Civil Veterinary Dept. Bombay admin report 1932-41 - 1932-1941
Year: 1932
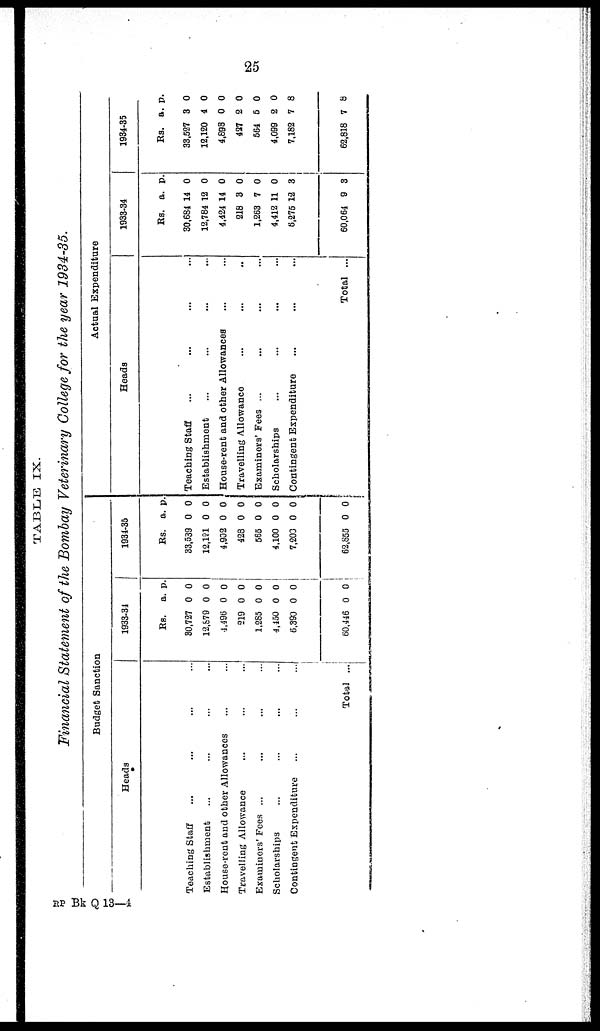
25
TABLE IX.
Financial Statement of the Bombay Veterinary College for the year 1934-35.
Budget Sanction
Heads
Teaching Staff ... ... ... ...
Establishment ... ... ... ...
House-rent and other Allowances ... ...
Travelling Allowance ... ... ...
Examiners' Fees ... ... ... ...
Scholarships ... ... ... ...
Contingent Expenditure
...
...
...
Total ...
1933-34
Rs.
30,727
12,879
1,496
219
1,285
4,450
6,390
60,446
a.
0
0
0
0
0
0
0
0
p.
0
0
0
0
0
0
0
0
1934-35
Rs.
33,539
12,121
4,902
428
565
4,100
7,200
62,855
a.
0
0
0
0
0
0
0
0
p.
0
0
0
0
0
0
0
0
Actual Expenditure
Heads
Teaching Staff ... ... ... ...
Establishment ... ... ... ...
House-rent and other Allowances ... ...
Travelling Allowance ... ... ..
Examiners' Fees ... ... ... ...
Scholarships ... ... ... ...
Contingent Expenditure ... ... ...
Total ...
1933-34
Rs.
30,684
12,784
4,424
218
1,263
4,412
6,275
60,064
a.
14
12
14
3
7
11
12
9
p.
0
0
0
0
0
0
3
3
1934-35
Rs.
33,527
12,120
4,898
427
564
4,099
7,182
62,818
a.
3
4
0
2
5
2
7
7
p.
0
0
0
0
0
0
8
8
RP Bk Q 13—4